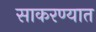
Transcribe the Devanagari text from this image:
साकरण्यात